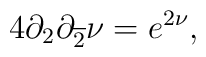
4\partial_{2} \partial_{\overline{2}}\nu = e^{2\nu},